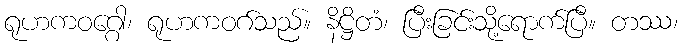
ရုဟကဝဂ္ဂေါ၊ ရုဟကဝဂ်သည်။ နိဋ္ဌိတံ၊ ပြီးခြင်းသို့ရောက်ပြီ။ တဿ၊